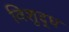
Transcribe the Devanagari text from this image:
विशुद्‍ध